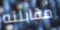
مقابلته